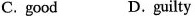
C. good D.guilty